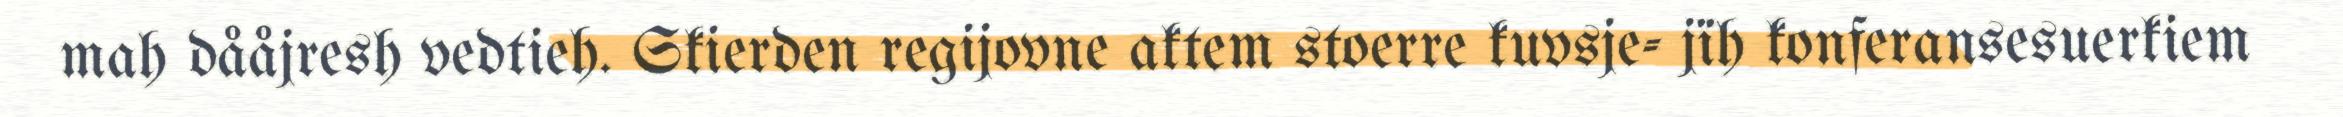
mah dååjresh vedtieh. Skierden regijovne aktem stoerre kuvsje- jïh konferansesuerkiem